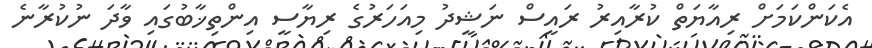
އެކަންކަމަށް ރިއާޔަތް ކުރާއިރު ރައީސް ނަޝީދު މިއަހަރުގެ ރިޔާސީ އިންތިޚާބުގައި ވާދަ ނުކުރާނެ